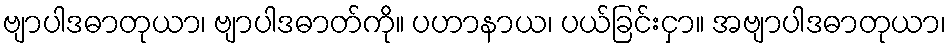
ဗျာပါဒဓာတုယာ၊ ဗျာပါဒဓာတ်ကို။ ပဟာနာယ၊ ပယ်ခြင်းငှာ။ အဗျာပါဒဓာတုယာ၊